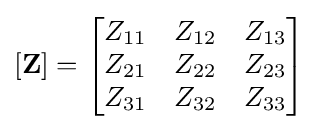
\mathbf {[Z]} ={\begin{bmatrix}Z_{11}&Z_{12}&Z_{13}\\Z_{21}&Z_{22}&Z_{23}\\Z_{31}&Z_{32}&Z_{33}\end{bmatrix}}